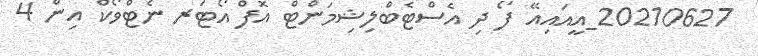
20210627_އީއައިއޭ ފޯ ދި އެސްޓެބްލިޝިމަންޓް އޮފް އޯޓަރ ނެޓްވޯކް އިން 4